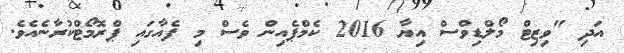
އަދި "ވިޒިޓް މޯލްޑިވްސް އިޔާ 2016 ކެމްޕެއިން ވެސް މި ފެއާގައި ޕްރޮމޯޓްކުރާނެއެވެ.